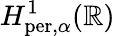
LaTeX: H_{\mathrm{per},\alpha}^{1}(\mathbb{R})